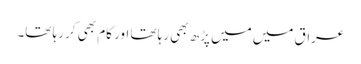
عراق میں میں پڑھ بھی رہا تھا اور کام بھی کر رہا تھا۔